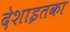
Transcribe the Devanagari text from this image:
देशाइतका